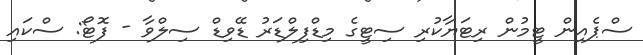
ސްޕެއިން ޓީމުން ރިޓަޔާކުރި ސިޓީގެ މިޑްފިލްޑަރު ޑޭވިޑް ސިލްވާ - ފޮޓޯ: ސްކައި